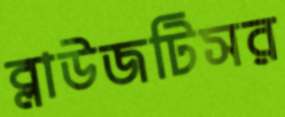
ব্লাউজটিসর